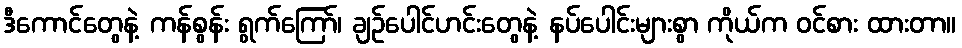
ဒီကောင်တွေနဲ့ ကန်စွန်း ရွက်ကြော်၊ ချဉ်ပေါင်ဟင်းတွေနဲ့ နပ်ပေါင်းများစွာ ကိုယ်က ဝင်စား ထားတာ။